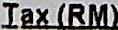
TAX (RM)